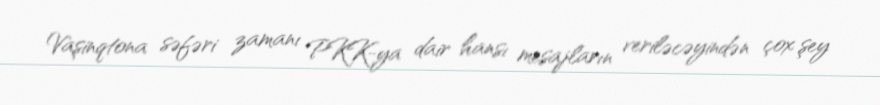
Vaşinqtona səfəri zamanı PKK-ya dair hansı mesajların veriləcəyindən çox şey